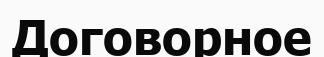
Договорное